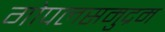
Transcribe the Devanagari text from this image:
गोपलसमुद्रम